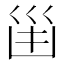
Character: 𠚋